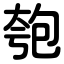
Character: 匏